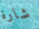
شارة